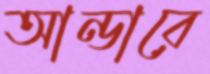
আন্ডারে